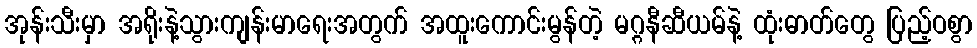
အုန်းသီးမှာ အရိုးနဲ့သွားကျန်းမာရေးအတွက် အထူးကောင်းမွန်တဲ့ မဂ္ဂနီဆီယမ်နဲ့ ထုံးဓာတ်တွေ ပြည့်ဝစွာ